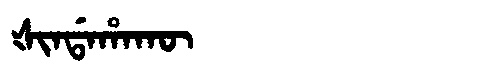
Manchu: ᡧᡳᠨᡩᠠᡥᠠᡴᡡ
Romanization: ŠINDAHAKŪ